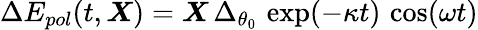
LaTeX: \Delta E_{pol}(t,\boldsymbol{X})=\boldsymbol{X}\, \Delta_{\theta_{0}}\, \exp(-\kappa t)\, \cos(\omega t)